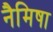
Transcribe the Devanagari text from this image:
नैमिषा